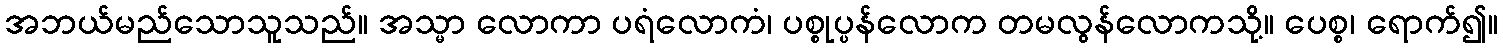
အဘယ်မည်သောသူသည်။ အသ္မာ လောကာ ပရံလောကံ၊ ပစ္စုပ္ပန်လောက တမလွန်လောကသို့။ ပေစ္စ၊ ရောက်၍။